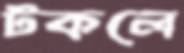
টকলে